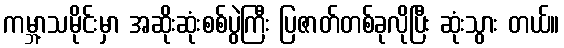
ကမ္ဘာ့သမိုင်းမှာ အဆိုးဆုံးစစ်ပွဲကြီး ပြဇာတ်တစ်ခုလိုပြီး ဆုံးသွား တယ်။